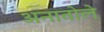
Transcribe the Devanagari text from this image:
अनातोले